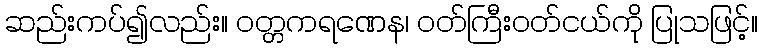
ဆည်းကပ်၍လည်း။ ဝတ္တကရဏေန၊ ဝတ်ကြီးဝတ်ငယ်ကို ပြုသဖြင့်။